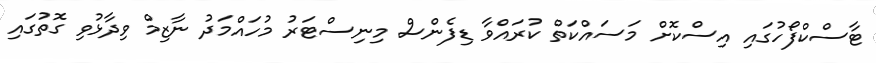
ޓާސްކްފޯހުގައި އިސްކޮށް މަސައްކަތް ކުރައްވާ ޑިފެންސް މިނިސްޓަރު މުހައްމަދު ނާޒިމް ވިދާޅުވި ގޮތުގައި